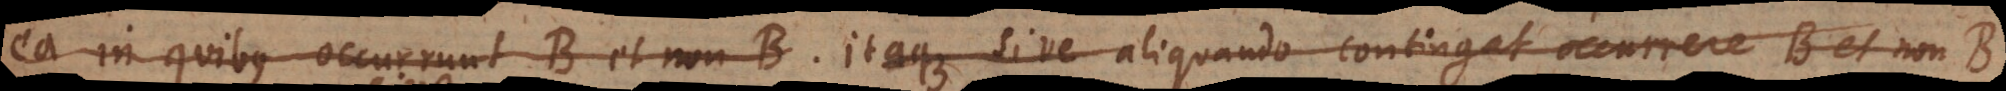
ea in quibus occurrunt B et non‐B. Itaque sive aliquando contingat occurrere B et non‐B